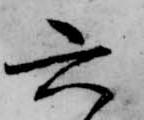
六